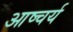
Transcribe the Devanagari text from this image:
आष्चर्य